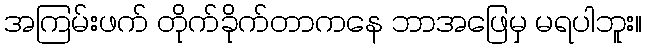
အကြမ်းဖက် တိုက်ခိုက်တာကနေ ဘာအဖြေမှ မရပါဘူး။